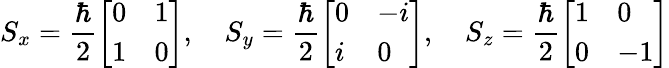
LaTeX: S_{x}={\frac{\hbar}{2}}{\left[\begin{array}{ll}{0}&{1}\\ {1}&{0}\end{array}\right]},\quad S_{y}={\frac{\hbar}{2}}{\left[\begin{array}{ll}{0}&{-i}\\ {i}&{0}\end{array}\right]},\quad S_{z}={\frac{\hbar}{2}}{\left[\begin{array}{ll}{1}&{0}\\ {0}&{-1}\end{array}\right]}